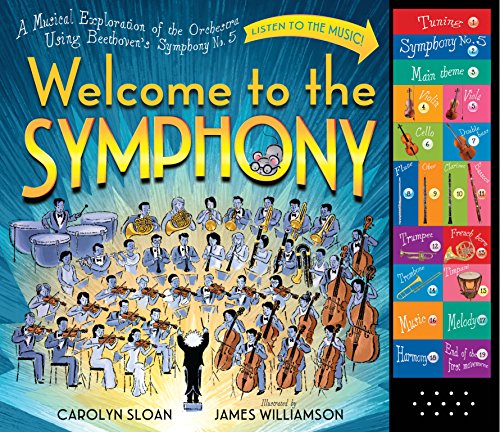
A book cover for Welcome to the Symphony: A Musical Exploration of the Orchestra Using Beethoven's Symphony No. 5; Carolyn Sloan; Children's Books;